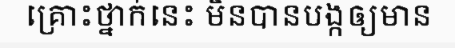
គ្រោះថ្នាក់នេះ មិនបានបង្កឲ្យមាន